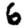
Digit: 6